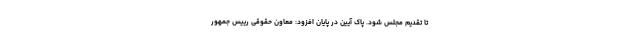
تا تقدیم مجلس شود. پاک آیین در پایان افزود: معاون حقوقی رییس جمهور